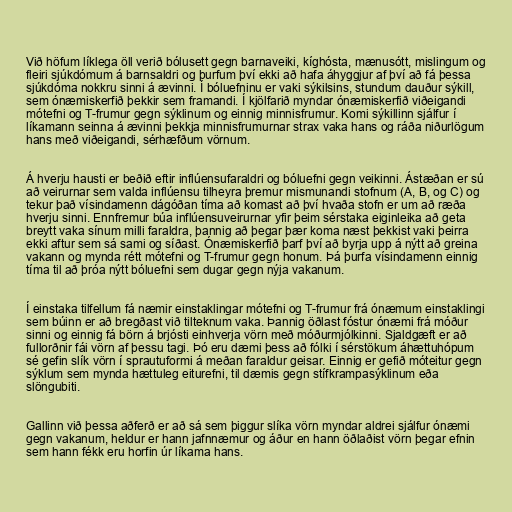
Við höfum líklega öll verið bólusett gegn barnaveiki, kíghósta, mænusótt, mislingum og
fleiri sjúkdómum á barnsaldri og þurfum því ekki að hafa áhyggjur af því að fá þessa
sjúkdóma nokkru sinni á ævinni. Í bóluefninu er vaki sýkilsins, stundum dauður sýkill,
sem ónæmiskerfið þekkir sem framandi. Í kjölfarið myndar ónæmiskerfið viðeigandi
mótefni og T-frumur gegn sýklinum og einnig minnisfrumur. Komi sýkillinn sjálfur í
líkamann seinna á ævinni þekkja minnisfrumurnar strax vaka hans og ráða niðurlögum
hans með viðeigandi, sérhæfðum vörnum.

Á hverju hausti er beðið eftir inflúensufaraldri og bóluefni gegn veikinni. Ástæðan er sú
að veirurnar sem valda inflúensu tilheyra þremur mismunandi stofnum (A, B, og C) og
tekur það vísindamenn dágóðan tíma að komast að því hvaða stofn er um að ræða
hverju sinni. Ennfremur búa inflúensuveirurnar yfir þeim sérstaka eiginleika að geta
breytt vaka sínum milli faraldra, þannig að þegar þær koma næst þekkist vaki þeirra
ekki aftur sem sá sami og síðast. Ónæmiskerfið þarf því að byrja upp á nýtt að greina
vakann og mynda rétt mótefni og T-frumur gegn honum. Þá þurfa vísindamenn einnig
tíma til að þróa nýtt bóluefni sem dugar gegn nýja vakanum.

Í einstaka tilfellum fá næmir einstaklingar mótefni og T-frumur frá ónæmum einstaklingi
sem búinn er að bregðast við tilteknum vaka. Þannig öðlast fóstur ónæmi frá móður
sinni og einnig fá börn á brjósti einhverja vörn með móðurmjólkinni. Sjaldgæft er að
fullorðnir fái vörn af þessu tagi. Þó eru dæmi þess að fólki í sérstökum áhættuhópum
sé gefin slík vörn í sprautuformi á meðan faraldur geisar. Einnig er gefið móteitur gegn
sýklum sem mynda hættuleg eiturefni, til dæmis gegn stífkrampasýklinum eða
slöngubiti.

Gallinn við þessa aðferð er að sá sem þiggur slíka vörn myndar aldrei sjálfur ónæmi
gegn vakanum, heldur er hann jafnnæmur og áður en hann öðlaðist vörn þegar efnin
sem hann fékk eru horfin úr líkama hans.